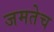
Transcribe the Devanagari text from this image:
जमतेच